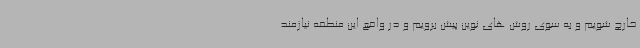
خارج شویم و به سوی روش های نوین پیش برویم و در واقع این منطقه نیازمند